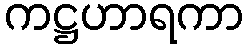
ကဋ္ဌဟာရကာ